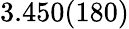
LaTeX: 3.450(180)